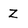
Character: Z